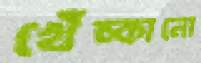
খেঁচ্‌কানো